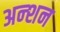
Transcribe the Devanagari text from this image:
अन्शन